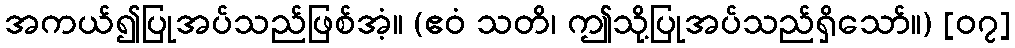
အကယ်၍ပြုအပ်သည်ဖြစ်အံ့။ (ဧဝံ သတိ၊ ဤသို့ပြုအပ်သည်ရှိသော်။) [၀၇]